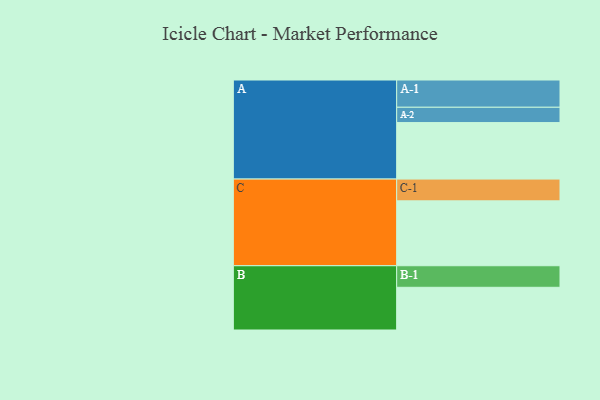
{"axis": {"x": "Segment", "y": "Value"}, "legend": ["", "A", "B", "C"], "data": [{"x": "A", "y": 516, "type": ""}, {"x": "B", "y": 390, "type": ""}, {"x": "C", "y": 593, "type": ""}, {"x": "A-1", "y": 249, "type": "A"}, {"x": "A-2", "y": 140, "type": "A"}, {"x": "B-1", "y": 197, "type": "B"}, {"x": "C-1", "y": 199, "type": "C"}]}